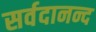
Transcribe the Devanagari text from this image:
सर्वदानन्द